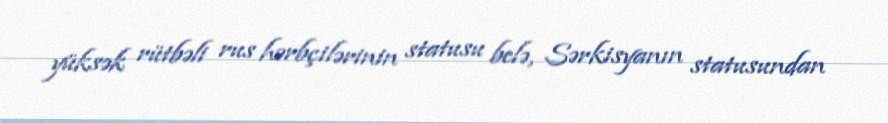
yüksək rütbəli rus hərbçilərinin statusu belə, Sərkisyanın statusundan